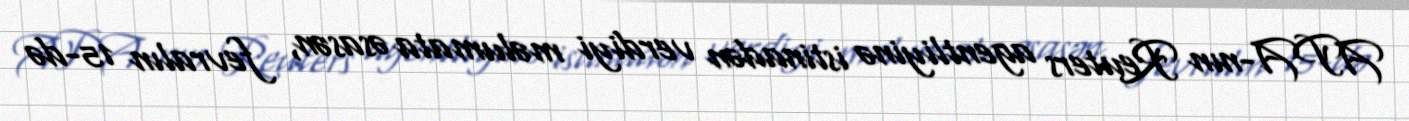
APA-nın Reuters agentliyinə istinadən verdiyi məlumata əsasən, fevralın 15-də